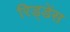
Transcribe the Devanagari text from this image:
रिड्डेंस